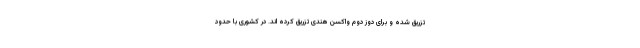
تزریق شده و برای دوز دوم واکسن هندی تزریق کرده اند. در کشوری با حدود